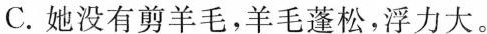
C.她没有剪羊毛，羊毛蓬松，浮力大。